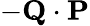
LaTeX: -\mathbf{Q}\cdot\mathbf{P}